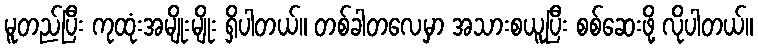
မူတည်ပြီး ကုထုံးအမျိုးမျိုး ရှိပါတယ်။ တစ်ခါတလေမှာ အသားစယူပြီး စစ်ဆေးဖို့ လိုပါတယ်။